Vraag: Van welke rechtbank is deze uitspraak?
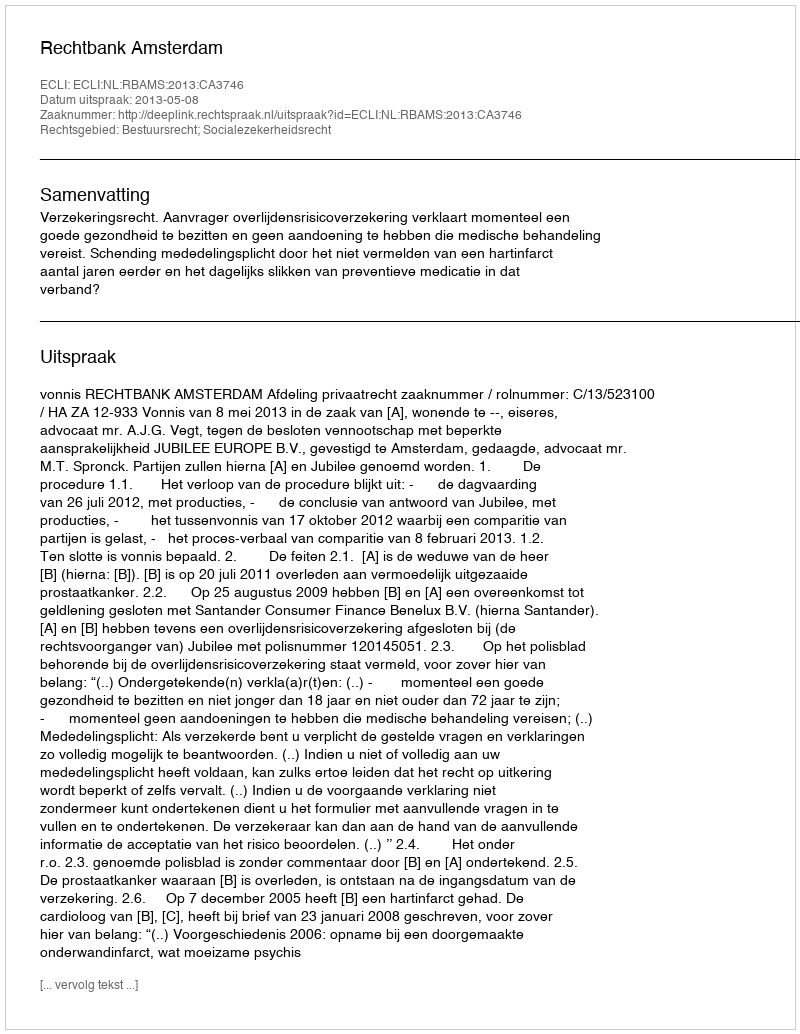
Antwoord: Rechtbank Amsterdam